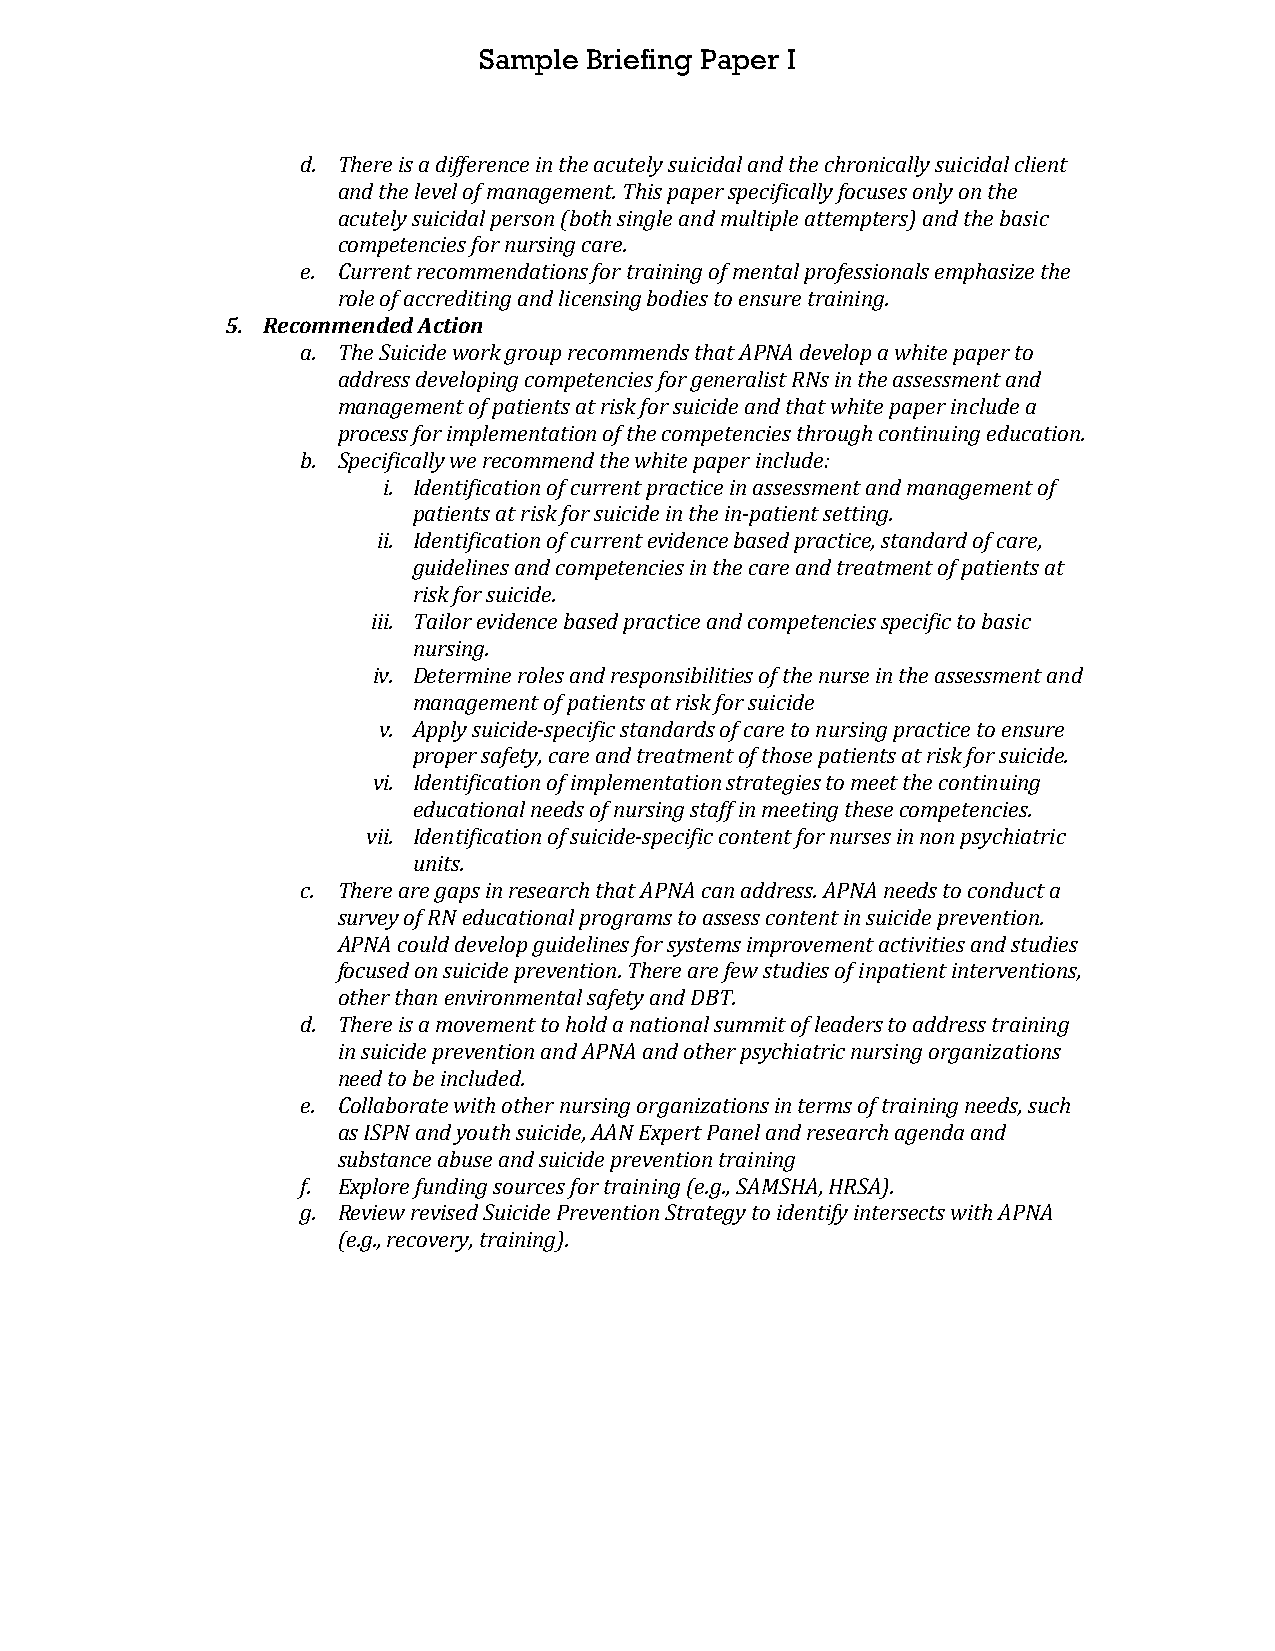
Sample Briefing Paper I
 d. There is a difference in the acutely suicidal and the chronically suicidal client
 and the level of management. This paper specifically focuses only on the
 acutely suicidal person (both single and multiple attempters) and the basic
 competencies for nursing care.
 e. Current recommendations for training of mental professionals emphasize the
 role of accrediting and licensing bodies to ensure training.
 5. Recommended Action
 a. The Suicide work group recommends that APNA develop a white paper to
 address developing competencies for generalist RNs in the assessment and
 management of patients at risk for suicide and that white paper include a
 process for implementation of the competencies through continuing education.
 b. Specifically we recommend the white paper include:
 i. Identification of current practice in assessment and management of
 patients at risk for suicide in the in-patient setting.
 ii. Identification of current evidence based practice, standard of care,
 guidelines and competencies in the care and treatment of patients at
 risk for suicide.
 iii. Tailor evidence based practice and competencies specific to basic
 nursing.
 iv. Determine roles and responsibilities of the nurse in the assessment and
 management of patients at risk for suicide
 v. Apply suicide-specific standards of care to nursing practice to ensure
 proper safety, care and treatment of those patients at risk for suicide.
 vi. Identification of implementation strategies to meet the continuing
 educational needs of nursing staff in meeting these competencies.
 vii. Identification of suicide-specific content for nurses in non psychiatric
 units.
 c. There are gaps in research that APNA can address. APNA needs to conduct a
 survey of RN educational programs to assess content in suicide prevention.
 APNA could develop guidelines for systems improvement activities and studies
 focused on suicide prevention. There are few studies of inpatient interventions,
 other than environmental safety and DBT.
 d. There is a movement to hold a national summit of leaders to address training
 in suicide prevention and APNA and other psychiatric nursing organizations
 need to be included.
 e. Collaborate with other nursing organizations in terms of training needs, such
 as ISPN and youth suicide, AAN Expert Panel and research agenda and
 substance abuse and suicide prevention training
 f. Explore funding sources for training (e.g., SAMSHA, HRSA).
 g. Review revised Suicide Prevention Strategy to identify intersects with APNA
 (e.g., recovery, training).